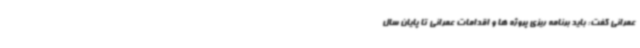
عمرانی گفت: باید برنامه ریزی پروژه ها و اقدامات عمرانی تا پایان سال